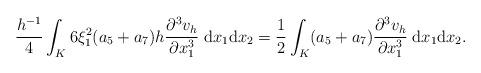
LaTeX: \begin{align*}\frac{h^{-1}}{4}\int_K6\xi_1^2(a_5+a_7)h\frac{\partial^3v_h}{\partial x_1^3}\;\mathrm{d}x_1\mathrm{d}x_2=\frac{1}{2}\int_K(a_5+a_7)\frac{\partial^3v_h}{\partial x_1^3}\;\mathrm{d}x_1\mathrm{d}x_2.\end{align*}